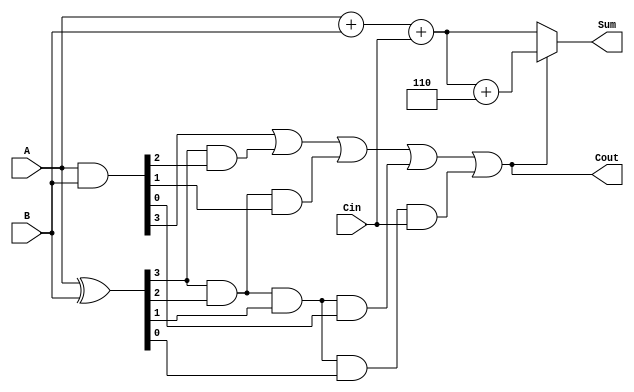
module BCD_Carry_Lookahead_Adder (
    input [3:0] A,      // First BCD digit
    input [3:0] B,      // Second BCD digit
    input Cin,          // Carry input
    output reg [3:0] Sum, // Sum output
    output reg Cout     // Carry output
);

    wire [3:0] P;      // Propagate signals
    wire [3:0] G;      // Generate signals
    wire [4:0] C;      // Carry signals

    // Generate and propagate signals
    assign P = A ^ B;  // P[i] = A[i] XOR B[i]
    assign G = A & B;  // G[i] = A[i] AND B[i]

    // Carry lookahead logic
    assign C[0] = Cin; // C[0] = Cin
    assign C[1] = G[0] | (P[0] & C[0]);
    assign C[2] = G[1] | (P[1] & G[0]) | (P[1] & P[0] & C[0]);
    assign C[3] = G[2] | (P[2] & G[1]) | (P[2] & P[1] & G[0]) | (P[2] & P[1] & P[0] & C[0]);
    assign C[4] = G[3] | (P[3] & G[2]) | (P[3] & P[2] & G[1]) | (P[3] & P[2] & P[1] & G[0]) | (P[3] & P[2] & P[1] & P[0] & C[0]);

    // Raw sum calculation
    wire [4:0] RawSum; // 5 bits to accommodate potential carry
    assign RawSum = {1'b0, A} + {1'b0, B} + Cin; // Concatenate 0 to make it 5 bits

    // Sum calculation
    always @(*) begin
        if (C[4]) begin
            // If carry out is 1, adjust the sum by adding 6
            Sum = RawSum[3:0] + 4'b0110; // Add 6 in binary
        end else begin
            Sum = RawSum[3:0]; // Otherwise, use raw sum
        end
        Cout = C[4]; // Set carry out
    end

endmodule